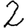
Digit: 2